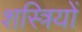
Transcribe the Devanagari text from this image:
शस्त्रियों